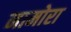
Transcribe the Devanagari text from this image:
नामोरा